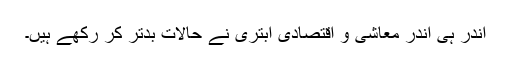
اندر ہی اندر معاشی و اقتصادی ابتری نے حالات بدتر کر رکھے ہیں۔